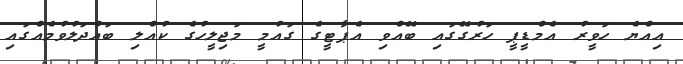
އިއްޔެ ހަވީރު އެމްޑީޕީ ހަރުގޭގައި ބޭއްވި އެޕާޓީގެ ގައުމީ މަޖިލީހުގެ ކުއްލި ބައްދަލުވުމެއްގައި